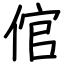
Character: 倌